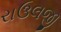
રાઉલજી